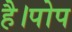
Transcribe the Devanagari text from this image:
है।पोप